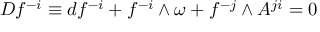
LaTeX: { \cal D } f ^ { - i } \equiv d f ^ { - i } + f ^ { - i } \wedge \omega + f ^ { - j } \wedge A ^ { j i } = 0